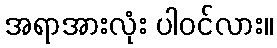
အရာအားလုံး ပါဝင်လား။